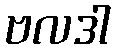
ဗလဒါ